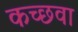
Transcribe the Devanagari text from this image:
कच्छवा